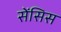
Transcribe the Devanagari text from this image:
सेंसिस